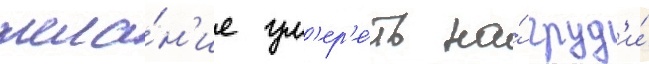
жела́н'ие ум'ер'е́ть на́ груд'и́